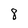
Character: 8